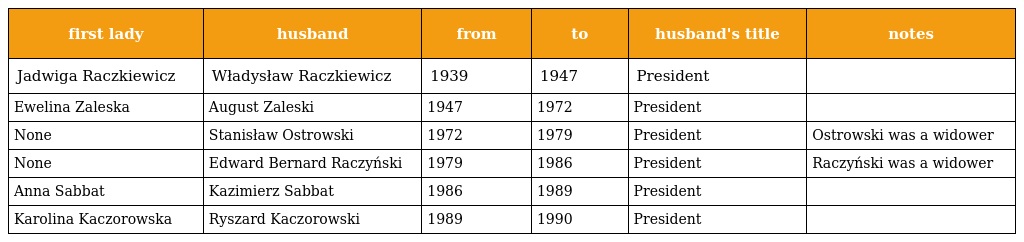
| first lady | husband | from | to | husband's title | notes |
 | --- | --- | --- | --- | --- | --- |
 | Jadwiga Raczkiewicz | Władysław Raczkiewicz | 1939 | 1947 | President |  |
 | Ewelina Zaleska | August Zaleski | 1947 | 1972 | President |  |
 | None | Stanisław Ostrowski | 1972 | 1979 | President | Ostrowski was a widower |
 | None | Edward Bernard Raczyński | 1979 | 1986 | President | Raczyński was a widower |
 | Anna Sabbat | Kazimierz Sabbat | 1986 | 1989 | President |  |
 | Karolina Kaczorowska | Ryszard Kaczorowski | 1989 | 1990 | President |  |